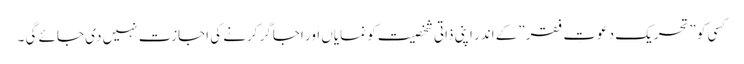
کسی کو ”تحریک دعوتِ فقر”کے اندر اپنی ذاتی شخصیت کو نمایاں اور اجاگر کرنے کی اجازت نہیں دی جائے گی ۔